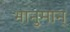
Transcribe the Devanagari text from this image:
भानुमान्